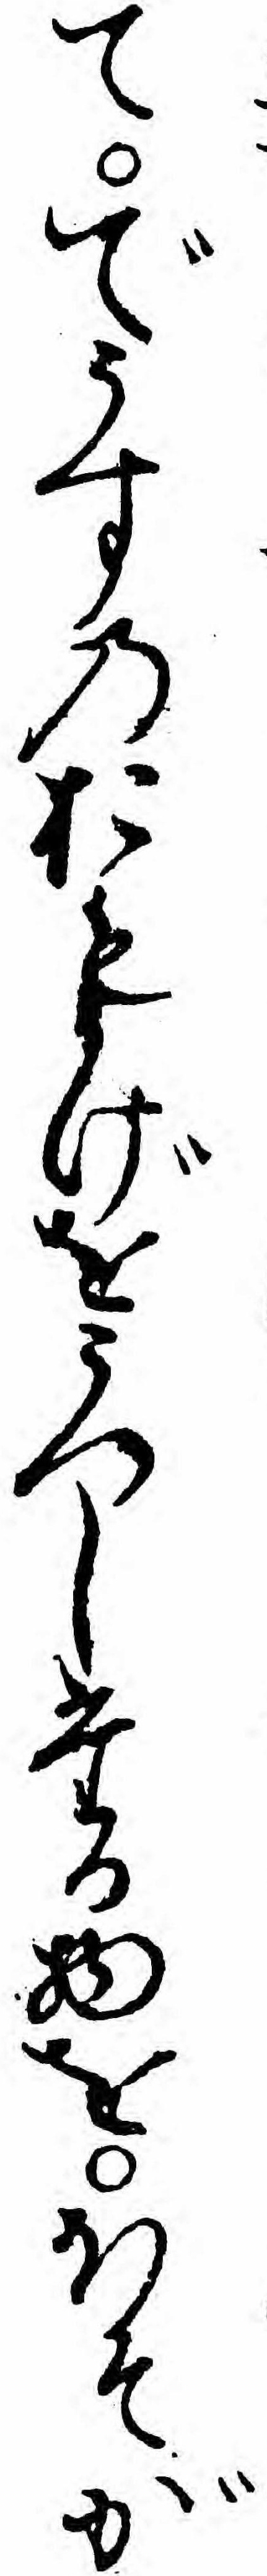
てでうすのおもかげをうつしたる物をほそが